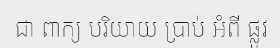
ជា ពាក្យ បរិយាយ ប្រាប់ អំពី ផ្លូវ